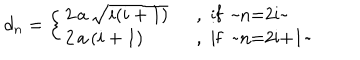
d _ { n } = \left\{ \left\{ \begin{cases} { { 2 \, a \, \sqrt { i ( i + 1 ) } ~ } } & { { , i f ~ n = 2 i ~ } } \\ { { 2 \, a \, ( i + 1 ) ~ } } & { { , i f ~ n = 2 i + 1 ~ } } \\ \end{cases} \right. \right.